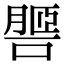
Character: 𦟧